342_HS1-416511228_319.1 Flying Discs 1949
Agency: Department of War
Incident date: 1/9/50
Page 125
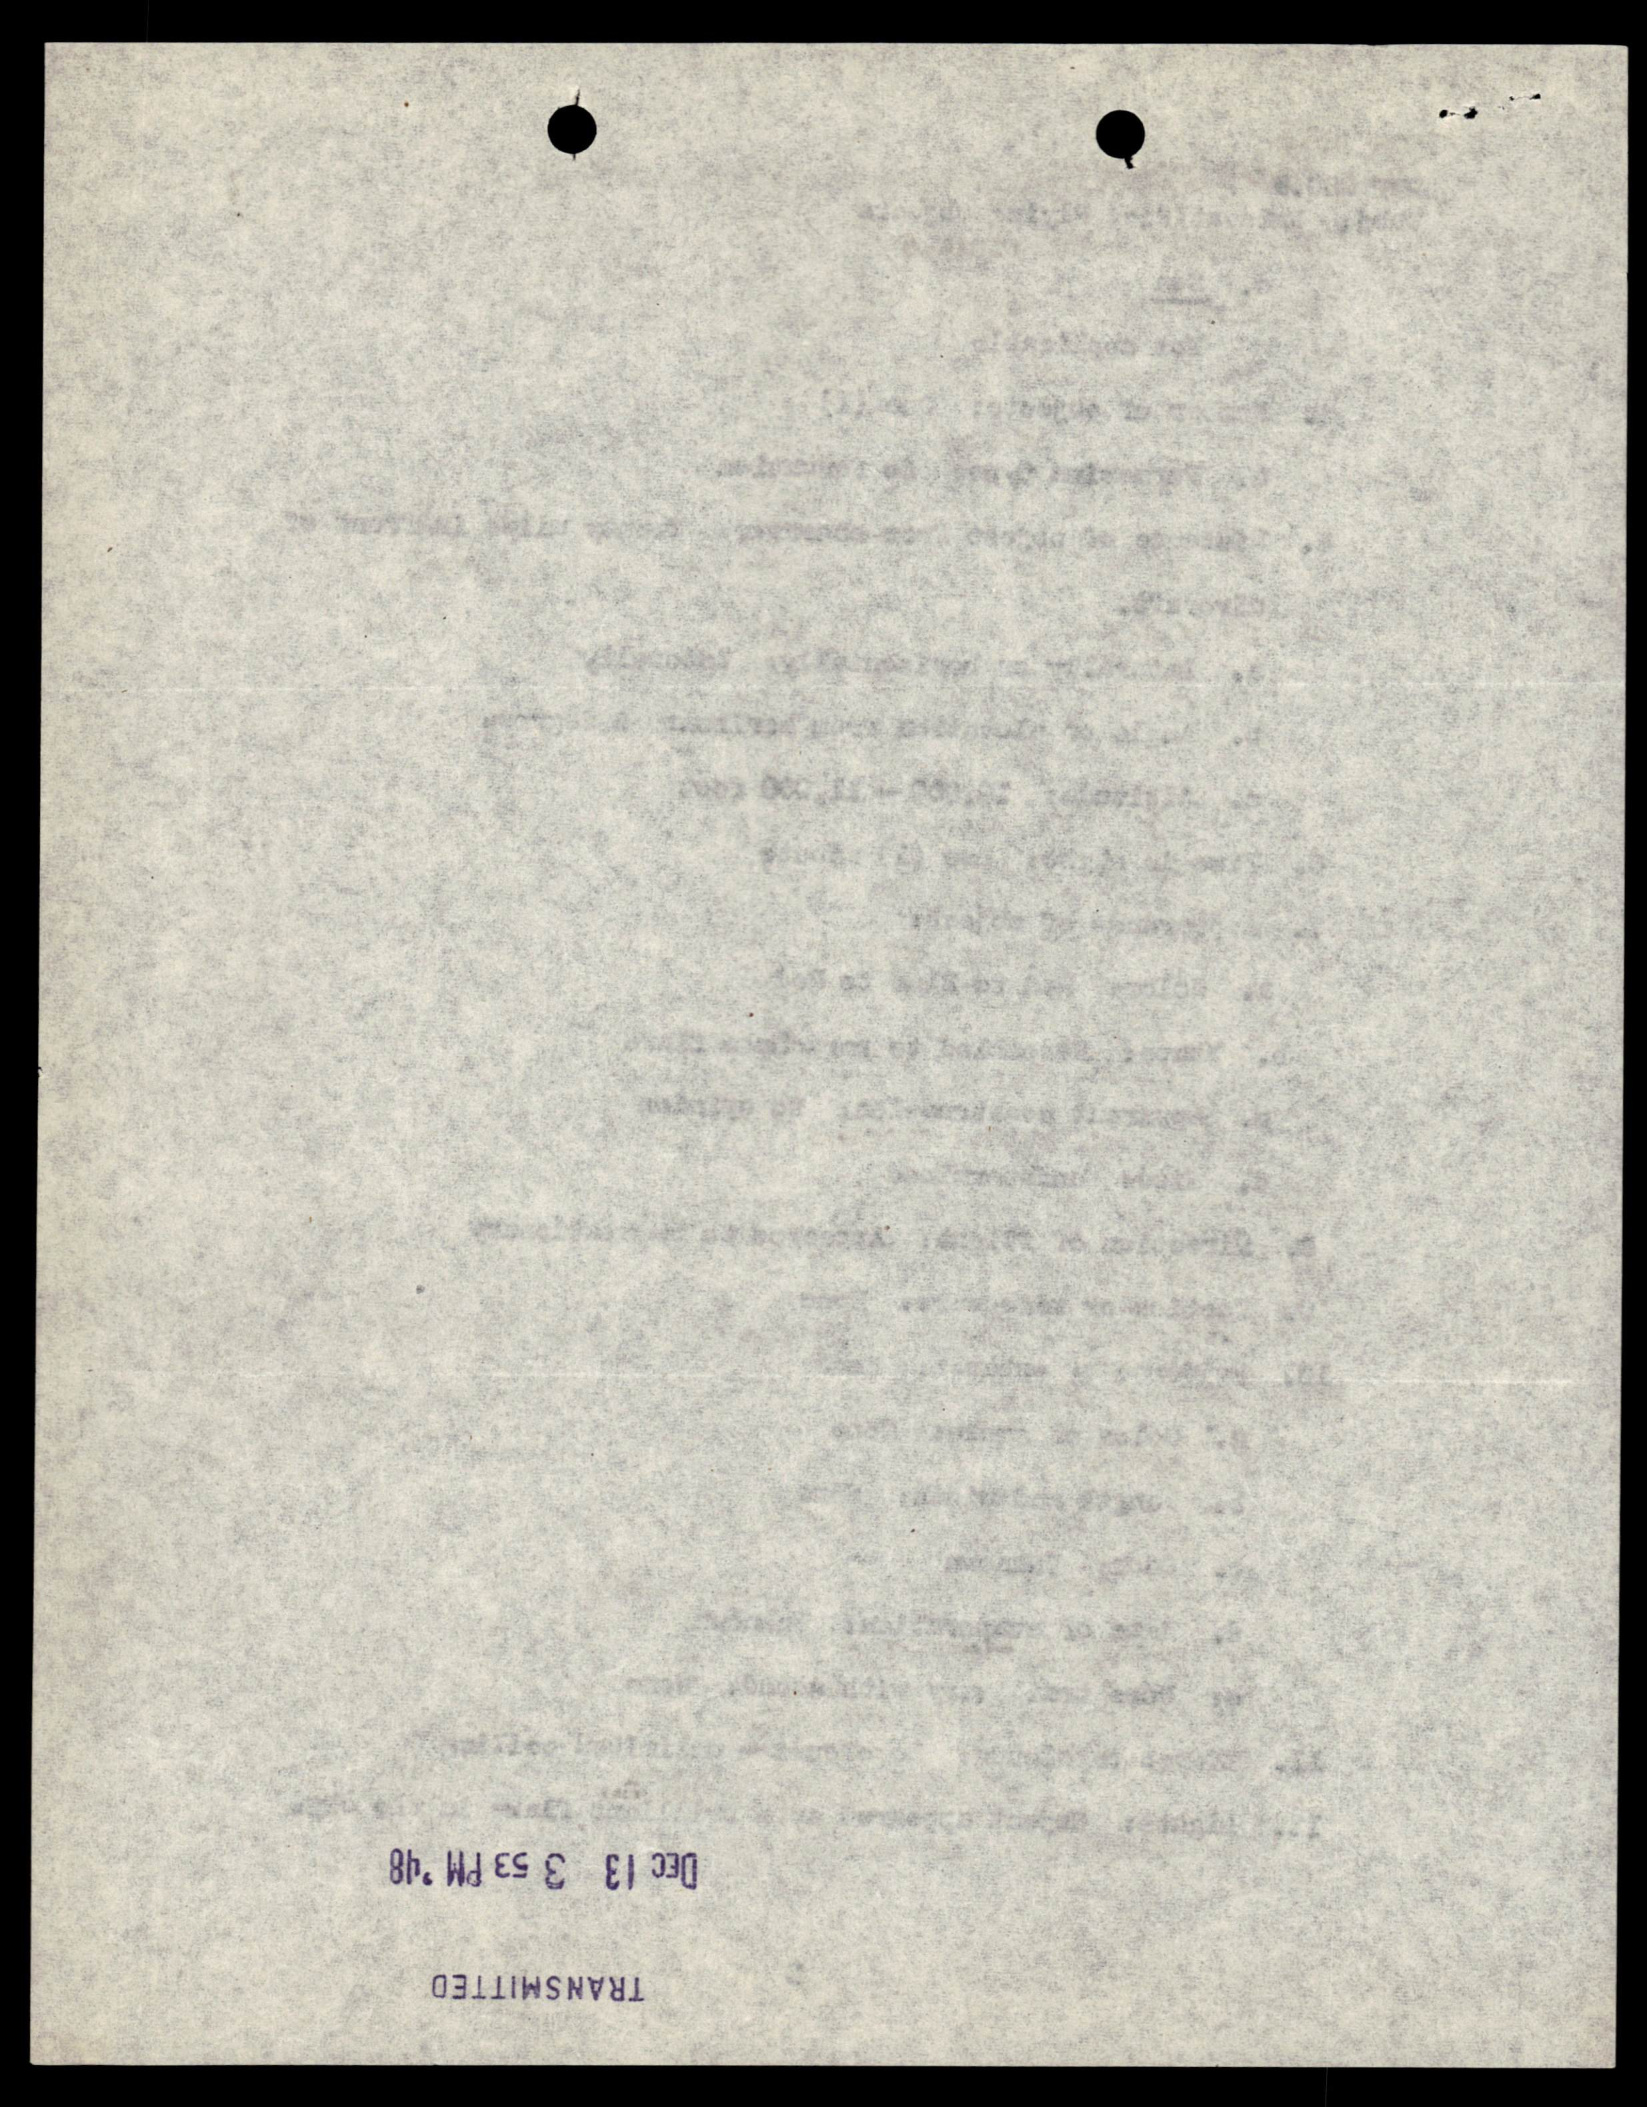